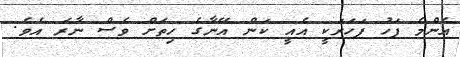
އެންމެ ފަހު ފަހަރަކީ އެއީ ކަން އޭނާގެ ހިތަށް ވެސް ނާރަ އެވެ.